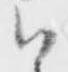
御